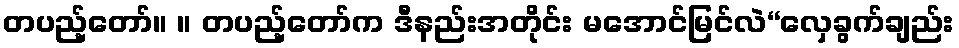
တပည့်တော်။ ။ တပည့်တော်က ဒီနည်းအတိုင်း မအောင်မြင်လဲ“လှေခွက်ချည်း